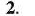
2.